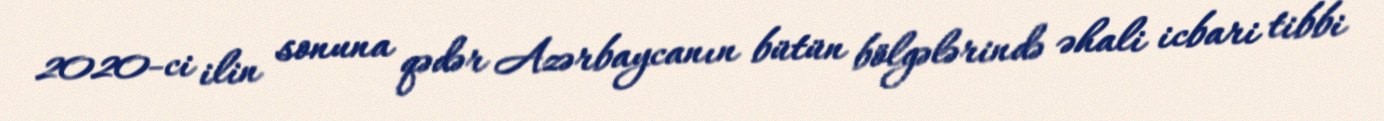
2020-ci ilin sonuna qədər Azərbaycanın bütün bölgələrində əhali icbari tibbi